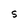
Character: S